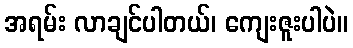
အရမ်း လာချင်ပါတယ်၊ ကျေးဇူးပါပဲ။